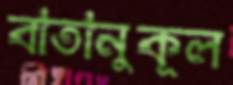
বাতানুকূল